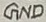
Text: GND